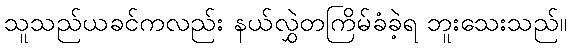
သူသည်ယခင်ကလည်း နယ်လွှဲတကြိမ်ခံခဲ့ရ ဘူးသေးသည်။